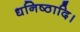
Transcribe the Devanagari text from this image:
धनिष्ठादि।